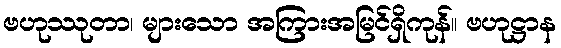
ဗဟုဿုတာ၊ များသော အကြားအမြင်ရှိကုန်။ ဗဟုဋ္ဌာန